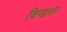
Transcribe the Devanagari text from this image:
विण्डसर